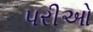
પરીઓ